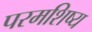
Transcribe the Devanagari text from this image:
परमशिष्य